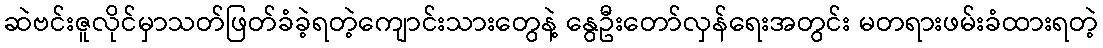
ဆဲဗင်းဇူလိုင်မှာသတ်ဖြတ်ခံခဲ့ရတဲ့ကျောင်းသားတွေနဲ့ နွေဦးတော်လှန်ရေးအတွင်း မတရားဖမ်းခံထားရတဲ့